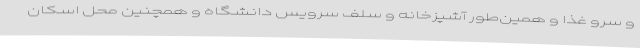
و سرو غذا و همین‌طور آشپزخانه و سلف سرویس دانشگاه و همچنین محل اسکان